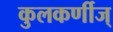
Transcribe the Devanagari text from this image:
कुलकर्णीज्